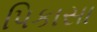
પિકાસા